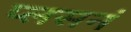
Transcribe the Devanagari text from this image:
प्लसनं